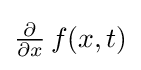
{\textstyle {\frac {\partial }{\partial x}}\,f(x,t)}